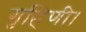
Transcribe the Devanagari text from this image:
गृहिणी।